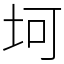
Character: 坷